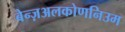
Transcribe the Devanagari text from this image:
बेन्ज़अलकोणनिउम